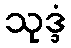
သုဒ္ဒံ